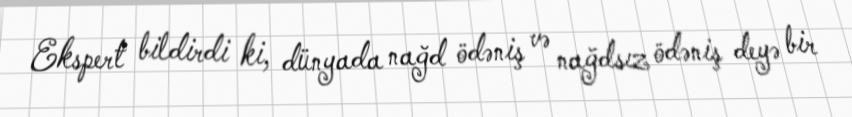
Ekspert bildirdi ki, dünyada nağd ödəniş və nağdsız ödəniş deyə bir